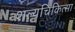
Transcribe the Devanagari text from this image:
शल्‍यचिकित्‍सा